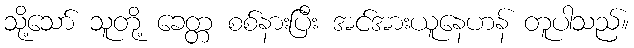
သို့သော် သူတို့ ခေတ္တ စစ်နားပြီး အင်အားယူနေဟန် တူပါသည်။